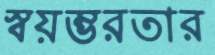
স্বয়ম্ভরতার